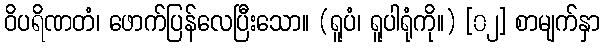
ဝိပရိဏတံ၊ ဖောက်ပြန်လေပြီးသော။ (ရူပံ၊ ရူပါရုံကို။) [၀၂] စာမျက်နှာ